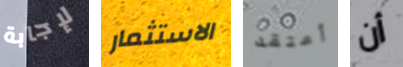
لإجابة الاستثمار أعتقد أن